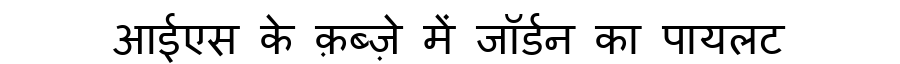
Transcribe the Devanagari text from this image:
आईएस के क़ब्ज़े में जॉर्डन का पायलट